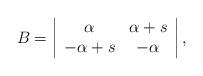
LaTeX: \begin{align*}B=\left|\begin{array}{cc}\alpha & \alpha +s \\-\alpha +s & -\alpha\end{array}\right| ,\end{align*}